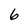
Character: 6